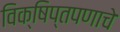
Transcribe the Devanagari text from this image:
विक्षिप्तपणाचे